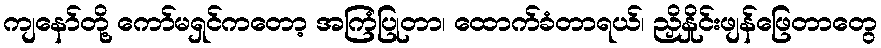
ကျနော်တို့ ကော်မရှင်ကတော့ အကြံပြုတာ၊ ထောက်ခံတာရယ်၊ ညှိနှိုင်းဖျန်ဖြေတာတွေ